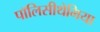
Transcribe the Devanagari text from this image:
पॉलिसीथेमिया